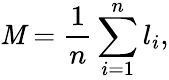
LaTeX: \mathit{M}=\frac{{1}}{{n}}\sum_{i=1}^{n}l_{i},